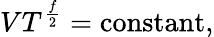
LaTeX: VT^{\frac{f}{2}}={\mathrm{constant}},